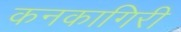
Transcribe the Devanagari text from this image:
कनकागिरी